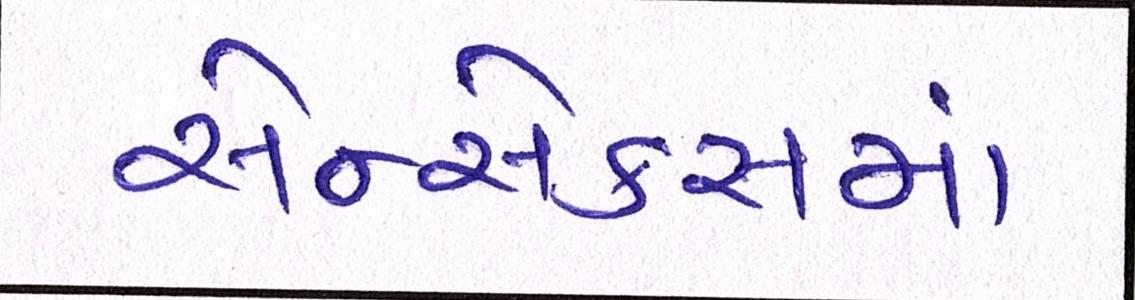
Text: સેન્સેક્સમાં